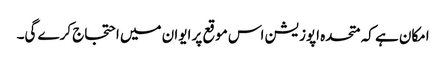
امکان ہے کہ متحدہ اپوزیشن اس موقع پر ایوان میں احتجاج کرے گی۔